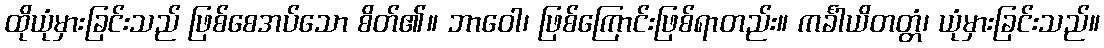
ထိုယုံမှားခြင်းသည် ဖြစ်စေအပ်သော စိတ်၏။ ဘာဝေါ၊ ဖြစ်ကြောင်းဖြစ်ရာတည်း။ ကင်္ခါယိတတ္တံ၊ ယုံမှားခြင်းသည်။